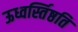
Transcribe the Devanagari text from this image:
ऊध्वर्स्तिष्ठति